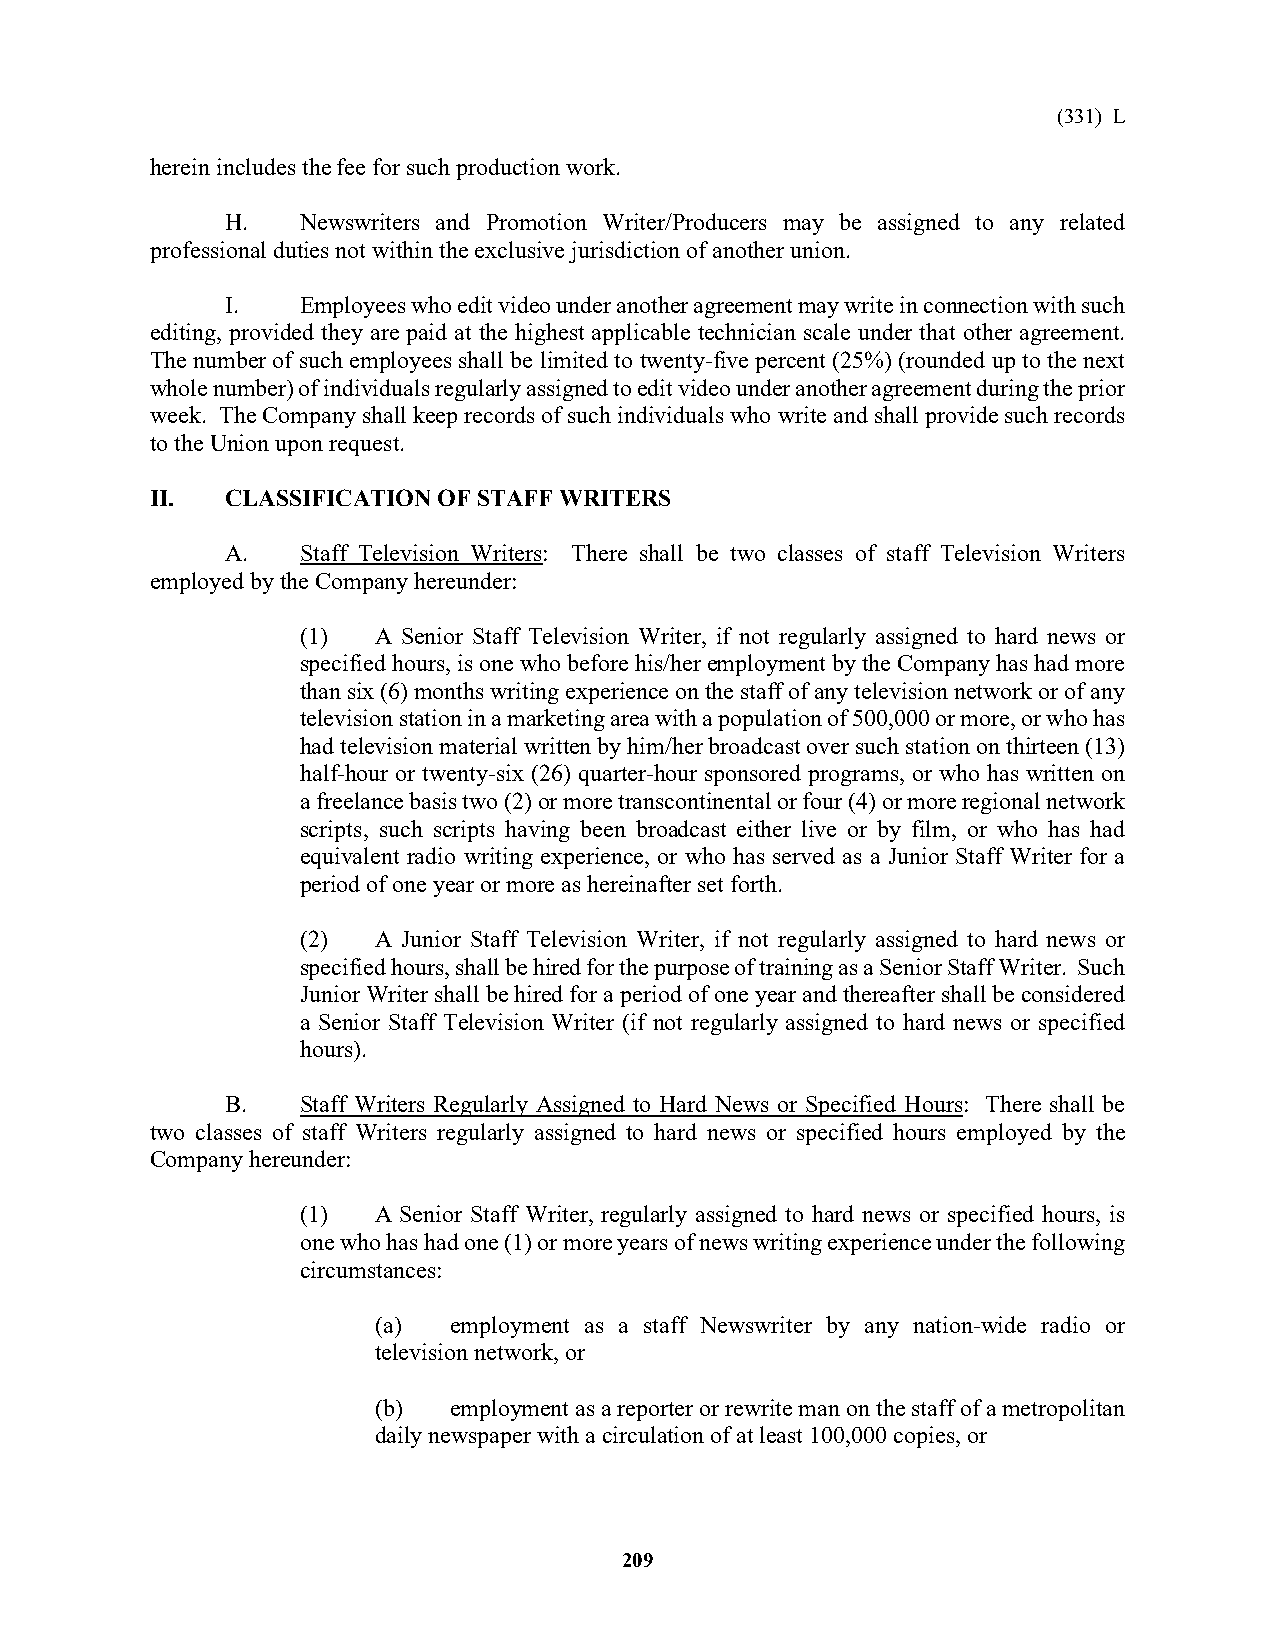
(331) L
 herein includes the fee for such production work.
 H.   Newswriters and Promotion Writer/Producers may be assigned to any related
 professional duties not within the exclusive jurisdiction of another union.
 I.   Employees who edit video under another agreement may write in connection with such
 editing, provided they are paid at the highest applicable technician scale under that other agreement.
 The number of such employees shall be limited to twenty-five percent (25%) (rounded up to the next
 whole number) of individuals regularly assigned to edit video under another agreement during the prior
 week. The Company shall keep records of such individuals who write and shall provide such records
 to the Union upon request.
 II.  CLASSIFICATION OF STAFF WRITERS
 A.   Staff Television Writers: There shall be two classes of staff Television Writers
 employed by the Company hereunder:
 (1)  A Senior Staff Television Writer, if not regularly assigned to hard news or
 specified hours, is one who before his/her employment by the Company has had more
 than six (6) months writing experience on the staff of any television network or of any
 television station in a marketing area with a population of 500,000 or more, or who has
 had television material written by him/her broadcast over such station on thirteen (13)
 half-hour or twenty-six (26) quarter-hour sponsored programs, or who has written on
 a freelance basis two (2) or more transcontinental or four (4) or more regional network
 scripts, such scripts having been broadcast either live or by film, or who has had
 equivalent radio writing experience, or who has served as a Junior Staff Writer for a
 period of one year or more as hereinafter set forth.
 (2)  A Junior Staff Television Writer, if not regularly assigned to hard news or
 specified hours, shall be hired for the purpose of training as a Senior Staff Writer. Such
 Junior Writer shall be hired for a period of one year and thereafter shall be considered
 a Senior Staff Television Writer (if not regularly assigned to hard news or specified
 hours).
 B.   Staff Writers Regularly Assigned to Hard News or Specified Hours: There shall be
 two classes of staff Writers regularly assigned to hard news or specified hours employed by the
 Company hereunder:
 (1)  A Senior Staff Writer, regularly assigned to hard news or specified hours, is
 one who has had one (1) or more years of news writing experience under the following
 circumstances:
 (a)  employment as a staff Newswriter by any nation-wide radio or
 television network, or
 (b)  employment as a reporter or rewrite man on the staff of a metropolitan
 daily newspaper with a circulation of at least 100,000 copies, or
 209